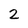
Character: 2